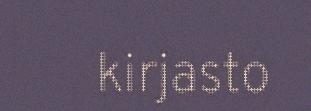
kirjasto